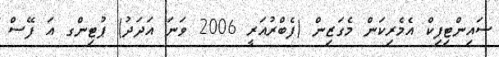
ސައިންޓިފިކް އެމެރިކަން މެގަޒިން (ފެބްރުއަރީ 2006 ވަނަ އަދަދު) ޕުޓިންގ އަ ފޭސް